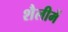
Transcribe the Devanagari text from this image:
शैलीमें